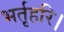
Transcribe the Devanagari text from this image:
भर्तृहरि।